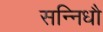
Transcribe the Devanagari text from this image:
सन्निधौ